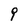
Character: 9